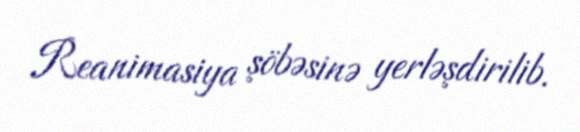
Reanimasiya şöbəsinə yerləşdirilib.